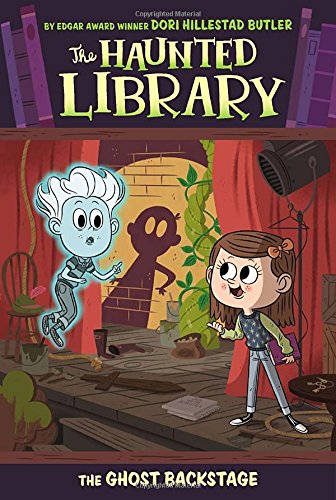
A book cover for The Ghost Backstage #3 (The Haunted Library); Dori Hillestad Butler; Children's Books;